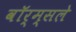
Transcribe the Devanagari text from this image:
वॉर्म्सले